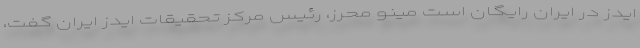
ایدز در ایران رایگان است مینو محرز، رئیس مرکز تحقیقات ایدز ایران گفت،